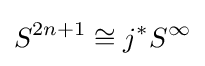
S^{2n+1}\cong j^{*}S^{\infty }